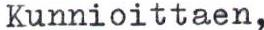
Kunnioittaen,